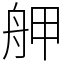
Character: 舺